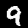
Label: 9